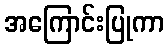
အကြောင်းပြုကာ